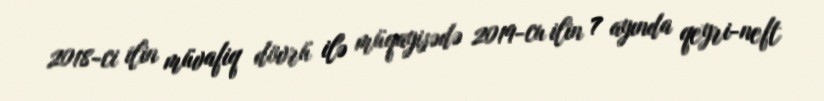
2018-ci ilin müvafiq dövrü ilə müqayisədə 2019-cu ilin 7 ayında qeyri-neft